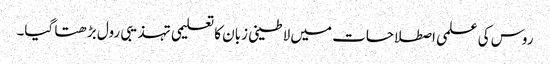
روس کی علمی اصطلاحات میں لاطینی زبان کا تعلیمی تہذیبی رول بڑھتا گیا۔